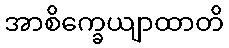
အာစိက္ခေယျာထာတိ